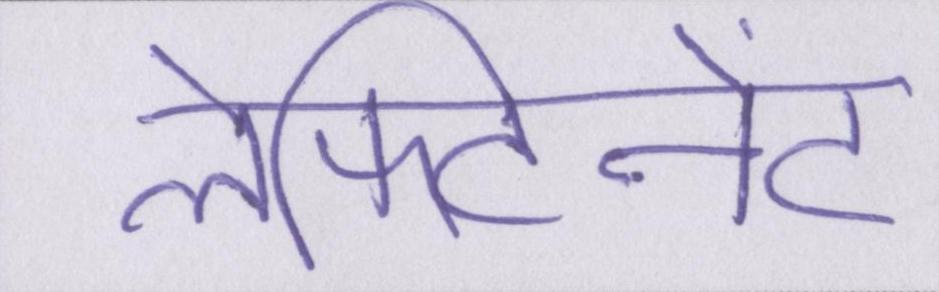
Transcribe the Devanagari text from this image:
लेफ्टिनेंट